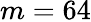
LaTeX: m=64